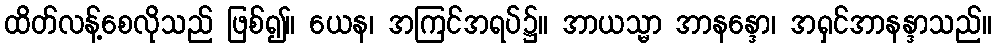
ထိတ်လန့်စေလိုသည် ဖြစ်၍။ ယေန၊ အကြင်အရပ်၌။ အာယသ္မာ အာနန္ဒော၊ အရှင်အာနန္ဒာသည်။